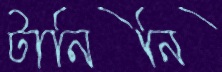
টানিনি